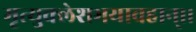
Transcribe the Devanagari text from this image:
मृत्युक्लेशभयावहान्।।